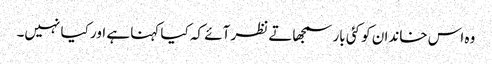
وہ اس خاندان کو کئی بار سمجھاتے نظر آئے کہ کیا کہنا ہے اور کیا نہیں۔